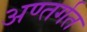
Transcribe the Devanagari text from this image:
अण्तर्गत